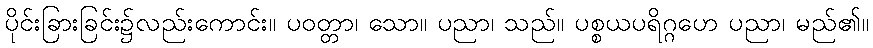
ပိုင်းခြားခြင်း၌လည်းကောင်း။ ပဝတ္တာ၊ သော။ ပညာ၊ သည်။ ပစ္စယပရိဂ္ဂဟေ ပညာ၊ မည်၏။